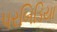
પરબિડિયા